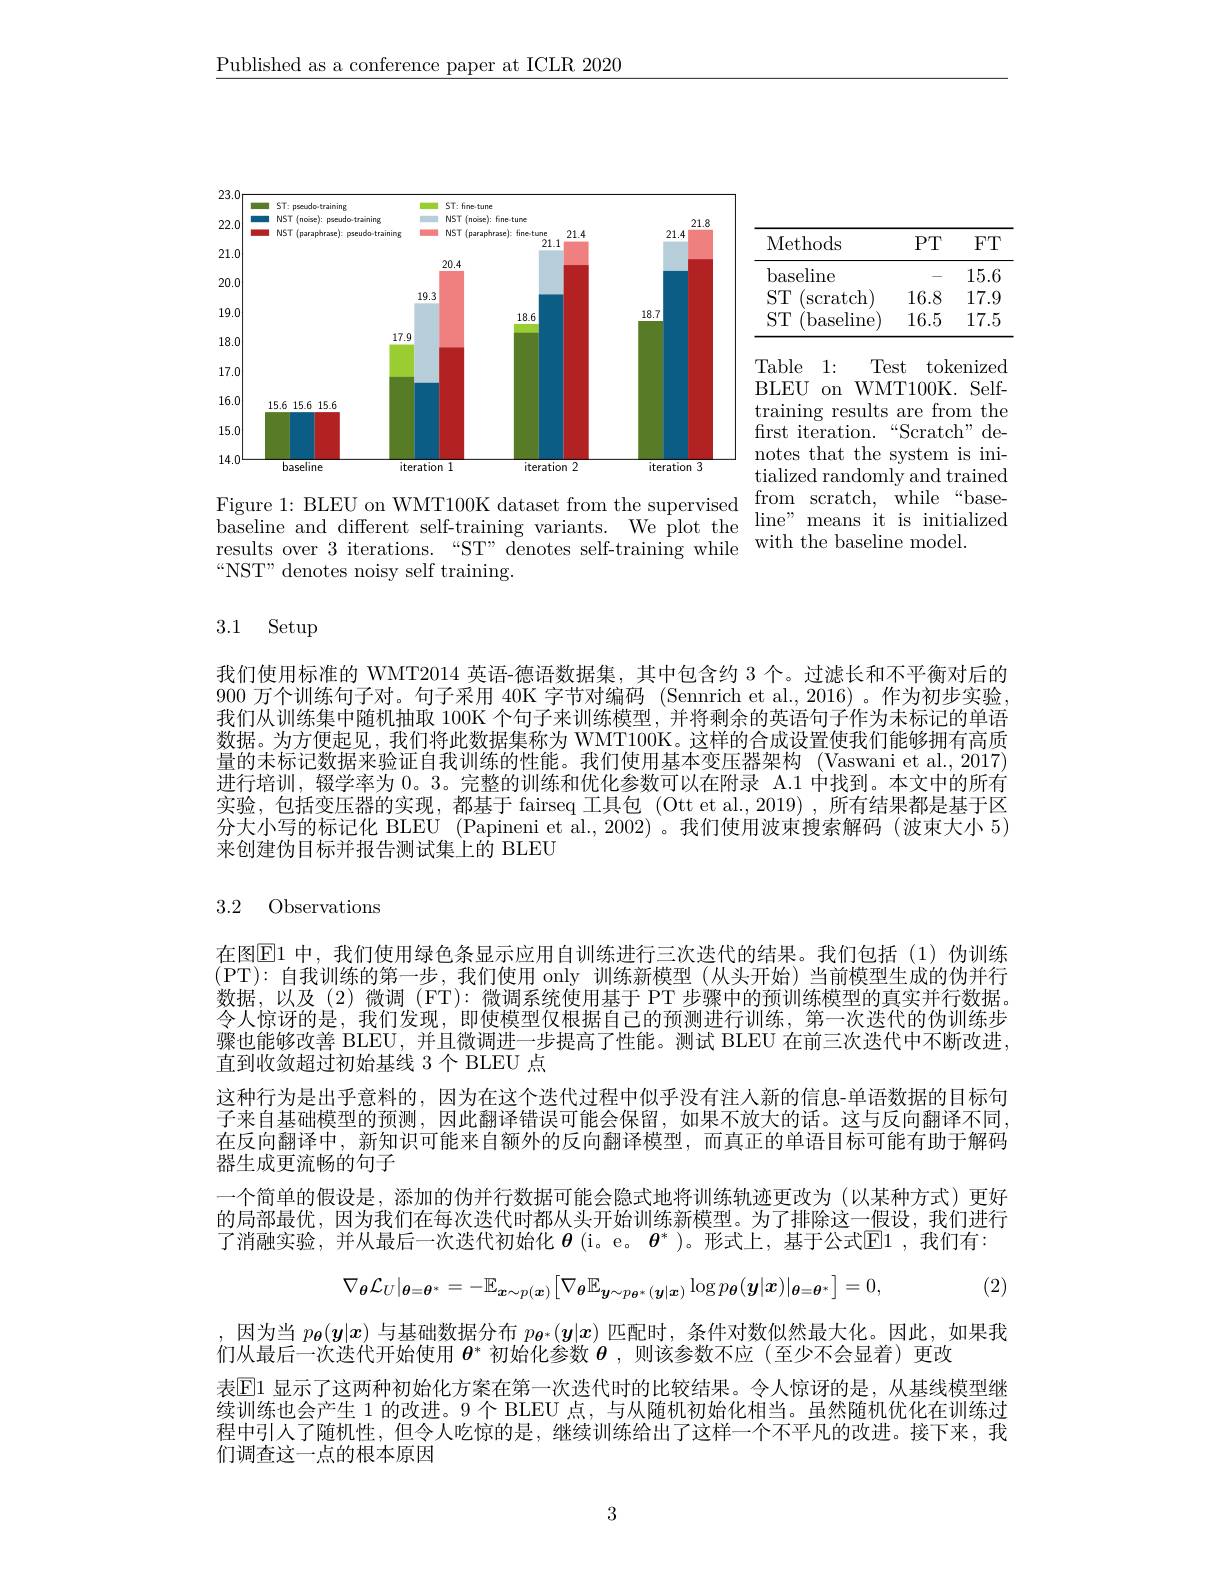
$\underline{\text{Published as a conference paper at ICLR 2020}}$

<table>
	<tbody>
		<tr>
			<th>Methods</th>
			<th>PT</th>
			<th>$FT$</th>
		</tr>
		<tr>
			<td>baseline</td>
			<td> </td>
			<td>15.6</td>
		</tr>
		<tr>
			<td>$ST$ $\operatorname{scratch})$</td>
			<td>16.8</td>
			<td>17.9</td>
		</tr>
		<tr>
			<td>$ST$ (baseline)</td>
			<td>16.5</td>
			<td>17.5</td>
		</tr>
	</tbody>
</table>
<FigureHere>

BLEU on WMT100K. Selftraining results are from the first iteration. “ Scratch" de- notes that the system is initialized randomly and trained

1:
Test tokenized
$\begin{array}{ll}\text{Figure 1: BLEU on WMT100K dataset from the supervised}&\text{from}&\text{scratch, while“base-}\\\text{baseline and different self-training variants. We plot the" means it is initialized}\\\text{results over 3 iterations.“ST” denotes self-training while}&\text{with the basel}\end{array}$

“NST” denotes noisy self training.

# 3.1 Setup

我们使用标准的 WMT2014 英语-德语数据集，其中包含约 3 个。过滤长和不平衡对后的900万个训练句子对。句子采用 40K 字节对编码 (Sennrich et al., 2016)。作为初步实验我们从训练集中随机抽取 100K 个句子来训练模型，并将剩余的英语句子作为未标记的单语数据。为方便起见，我们将此数据集称为 WMT100K。这样的合成设置使我们能够拥有高质量的未标记数据来验证自我训练的性能。我们使用基本变压器架构 (Vaswani et al., 2017) 进行培训，辍学率为0。3。完整的训练和优化参数可以在附录 A.1 中找到。本文中的所有实验，包括变压器的实现，都基于 fairseq 工具包 (Ott et al.,2019),所有结果都是基于区分大小写的标记化 BLEU (Papineni et al., 2002) 。我们使用波束搜索解码 (波束大小 5) 来创建伪目标并报告测试集上的 BLEU

3.2 Observations

在图$\overline{\mathrm{E}}$1 中，我们使用绿色条显示应用自训练进行三次迭代的结果。我们包括(1)伪训练(PT):自我训练的第一步，我们使用 only 训练新模型(从头开始)当前模型生成的伪并行数据，以及(2)微调 (FT): 微调系统使用基于 PT 步骤中的预训练模型的真实并行数据。令人惊讶的是，我们发现，即使模型仅根据自己的预测进行训练，第一次迭代的伪训练步骤也能够改善 BLEU,并且微调进一步提高了性能。测试 BLEU 在前三次迭代中不断改进， 直到收敛超过初始基线 3 个 BLEU 点
这种行为是出乎意料的，因为在这个迭代过程中似乎没有注人新的信息-单语数据的目标句子来自基础模型的预测，因此翻译错误可能会保留，如果不放大的话。这与反向翻译不同， 在反向翻译中，新知识可能来自额外的反向翻译模型，而真正的单语目标可能有助于解码器生成更流畅的句子
一个简单的假设是，添加的伪并行数据可能会隐式地将训练轨迹更改为(以某种方式)更好的局部最优，因为我们在每次迭代时都从头开始训练新模型。为了排除这一假设，我们进行了消融实验，并从最后一次迭代初始化 $\boldsymbol{\theta}\left(\mathrm{i}\text{。e。}\boldsymbol{\theta}^*\right)$。形式上，基于公式$\underline{\mathbb{E}}1$, 我们有：
$$\nabla_{\boldsymbol{\theta}}\mathcal{L}_{U}|_{\boldsymbol{\theta}=\boldsymbol{\theta}^{*}}=-\mathbb{E}_{\boldsymbol{x}\sim p(\boldsymbol{x})}\big[\nabla_{\boldsymbol{\theta}}\mathbb{E}_{\boldsymbol{y}\sim p_{\boldsymbol{\theta}^{*}}(\boldsymbol{y}|\boldsymbol{x})}\log p_{\boldsymbol{\theta}}(\boldsymbol{y}|\boldsymbol{x})|_{\boldsymbol{\theta}=\boldsymbol{\theta}^{*}}\big]=0,$$
(2)

因为当$p_{\boldsymbol{\theta}}(\boldsymbol{y}|\boldsymbol{x})$与基础数据分布$p_{\boldsymbol{\theta}^*}(\boldsymbol{y}|\boldsymbol{x})$匹配时，条件对数似然最大化。因此，如果我
们从最后一次迭代开始使用$\theta^*$初始化参数$\theta$ ,则该参数不应(至少不会显着)更改
表$\mathbb{E}1$ 显示了这两种初始化方案在第一次迭代时的比较结果。令人惊讶的是，从基线模型继续训练也会产生 1 的改进。9 个 BLEU 点，与从随机初始化相当。虽然随机优化在训练过程中引人了随机性，但令人吃惊的是，继续训练给出了这样一个不平凡的改进。接下来，我们调查这一点的根本原因

3